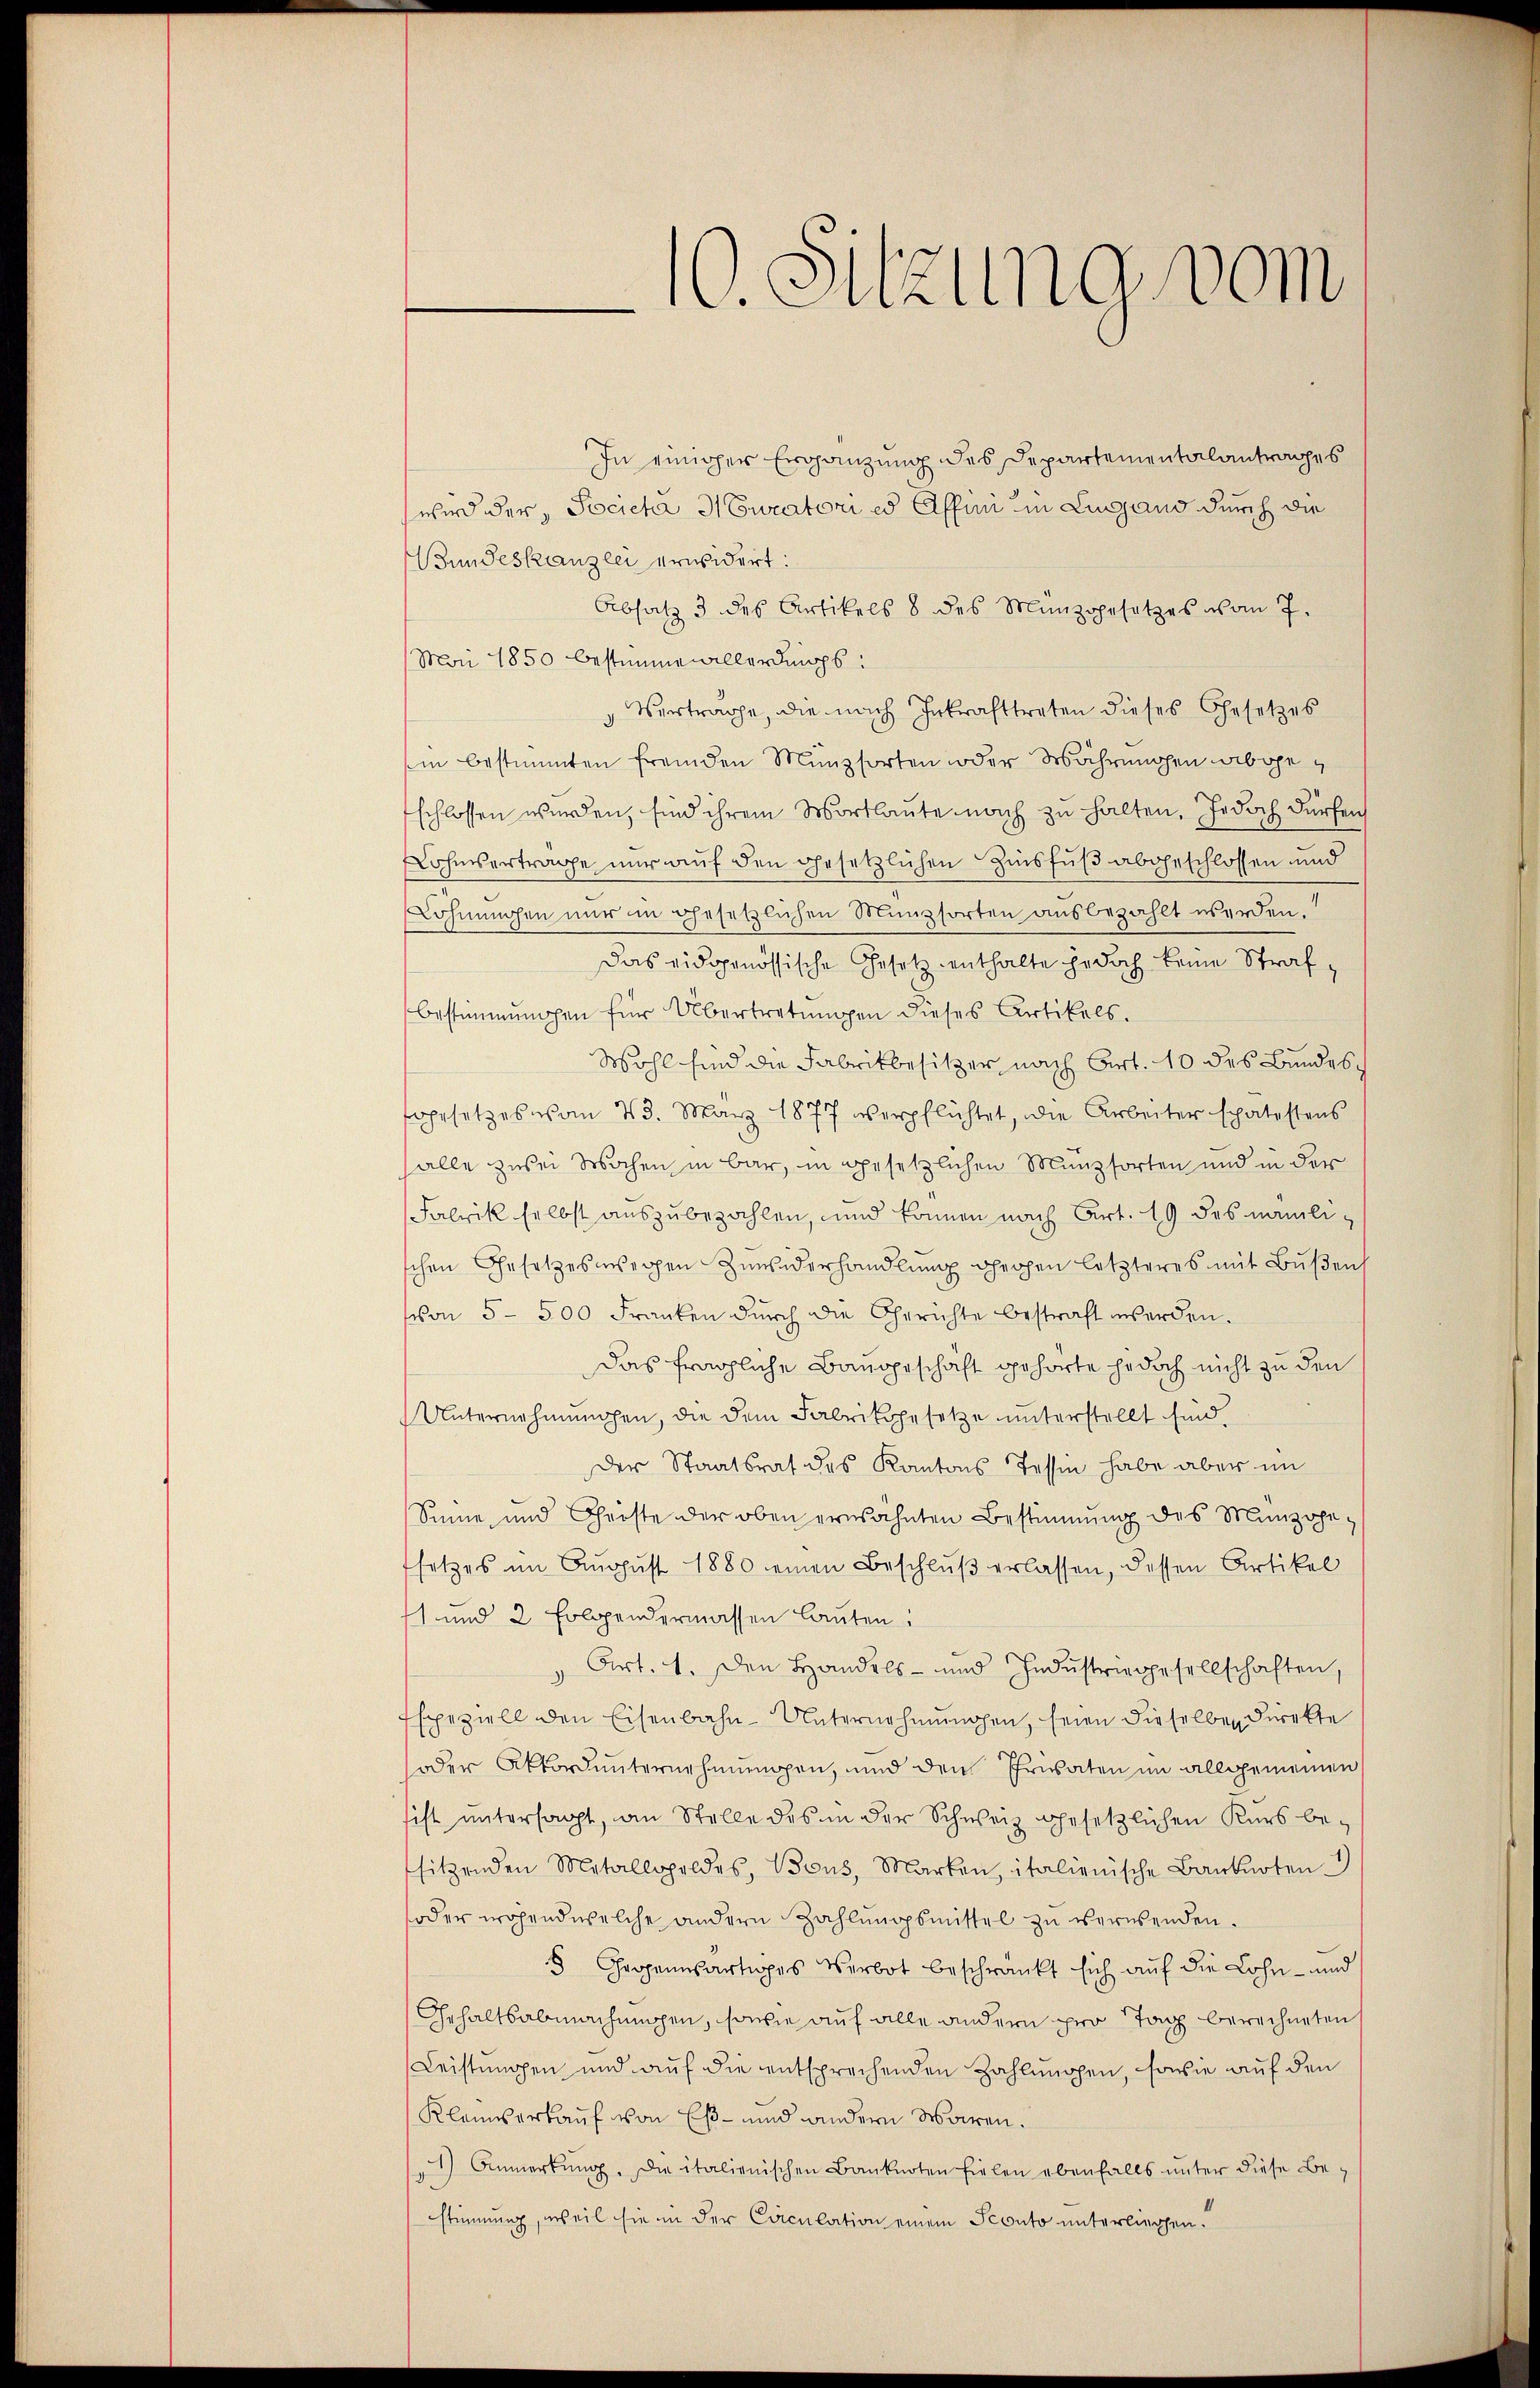
In einiger Ergänzung des Departementalantrages
wird der Socieha H Curatori es Affini in Lugand durch die
Bundeskanzlei erwidert:
Absatz 3 des Artikels 8 des Münzgesetzes vom 7.
Mai 1850 bestimme allerdings:
Vertrage, die nach Inkrafttreten dieses Gesetzes
in bestimmten fremden Münzsorten oder Währungen abgeschlossen werden, sind ihrem Wortlaute nach zu halten. Jedoch dürfen
Lohmsertrage nur auf den gesetzlichen Zinsfuß abgeschlossen und
Löhnungen nur in gesetzlichen Münzsorten ausbezahlt werden.
das eidgenössische Gesetz enthalte jedoch keine Strafbestimmungen für Übertretungen dieses Artikels.
Wohl sind die Fabrikbesitzer nach Art. 10 des Bundes
ggesetzes vom 23. März 1877 verpflichtet, die Arbeiter spätestens
alle zurei Wochen in bar, in gesetzlichen Münzsorten und in der
Fabrik selbst auszubezahlen, und können nach Art. 19 des nämlischen Gesetzeswegen Zuwiderhandlung gehen letzteres mit Bußen,
schon 5 - 500 Franken dŭrch die Gerichte bestraft werden.
das fragliche Baugeschäft gehörte jedoch nicht zu den
Unternehmungen, die dem Fabrikgesetze unterstellt sind.
Der Staatsrat des Kantons Tessin habe aber im
Sinne, und Christe der oben erwähnten Bestimmung des Münzogesetzes im August 1880 einen Beschlŭβ erlassen, dessen Artikel
11 und 2 folgendermassen lauten:
 Art. 1. Den Handels- und Indŭstriegesellschaften,
Espeziell den Eisenbahn-Unternehmungen, seien dieselben direkte
oder Akkord unternehmungen, und den Ehrwäten im allgemeinen
sist untersagt, an Stelle des in der Schweiz gesetzlichen Kurs be-
sitzenden Metallopoldes, Bons, Marken, italienische Banknoten.
soder während welche andern Zahlungsmittel zu verwenden.
8 Gegenwärtiges Verbot beschränkt sich auf die Lohn - und
Gehaltsabmachungen, sowie auf alle andern pro Tag berechneten s
Leistungen und auf die entsprechenden Zahlungen, sowie auf den
Klaiserkauf von Eß- und andern Waren.
1 Anmerkŭng. Die italienischen Banknoten fielen ebenfalls ŭnter diese Be-
stimmung, weil sie in der Caculation einem Sconto unterliessen.

10. Sitzung vom